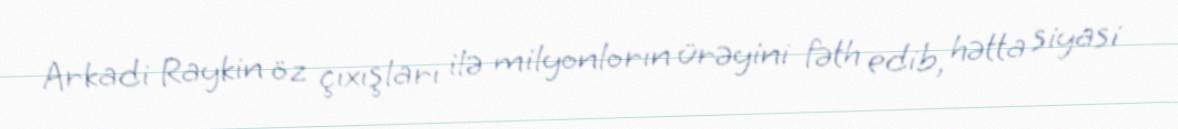
Arkadi Raykin öz çıxışları ilə milyonlorın ürəyini fəth edib, hətta siyasi